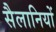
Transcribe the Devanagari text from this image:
सैलानियों